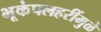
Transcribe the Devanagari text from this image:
भूकंपलहरींमुळे